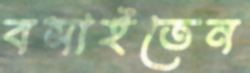
বসাইতেন